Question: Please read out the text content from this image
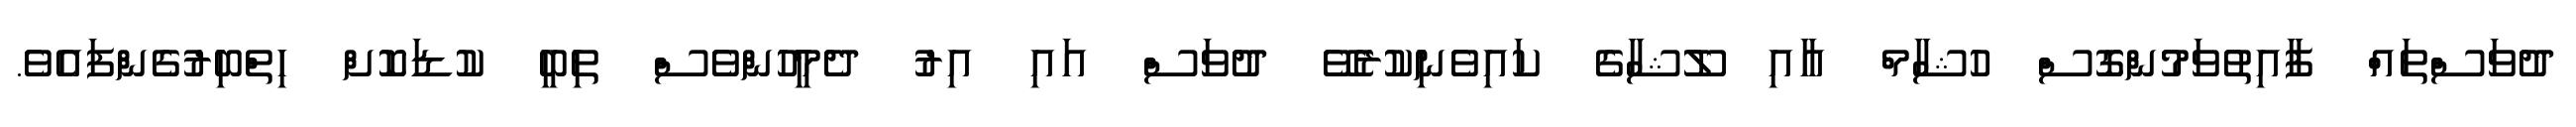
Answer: ދުވަސްތައް ފާއިތުވަމުންގޮސް ހުޝާމް އާއި ލޫޝާގެ ކައިވެނިކުރެވޭ ދުވަސް އައި އިރު ދެމީހުންވެސް ތިބީ ކުޑަކޮށް ހިތްބިރުގެންފައެވެ.